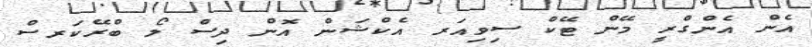
އެން އެންގްރީ މޭން ޓޭކް ސިވިއަރ އެކްޝަން އޮން ދިސް ލޯ ބްރޭކަރސް